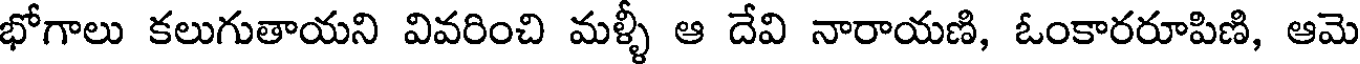
భోగాలు కలుగుతాయని వివరించి మళ్ళీ ఆ దేవి నారాయణి, ఓంకారరూపిణి, ఆమె